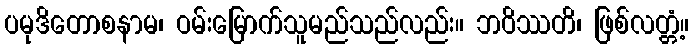
ပမုဒိတောစနာမ၊ ဝမ်းမြောက်သူမည်သည်လည်း။ ဘဝိဿတိ၊ ဖြစ်လတ္တံ့။